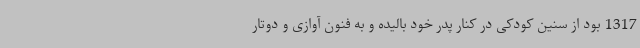
1317 بود از سنین کودکی در کنار پدر خود بالیده و به فنون آوازی و دوتار